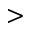
>